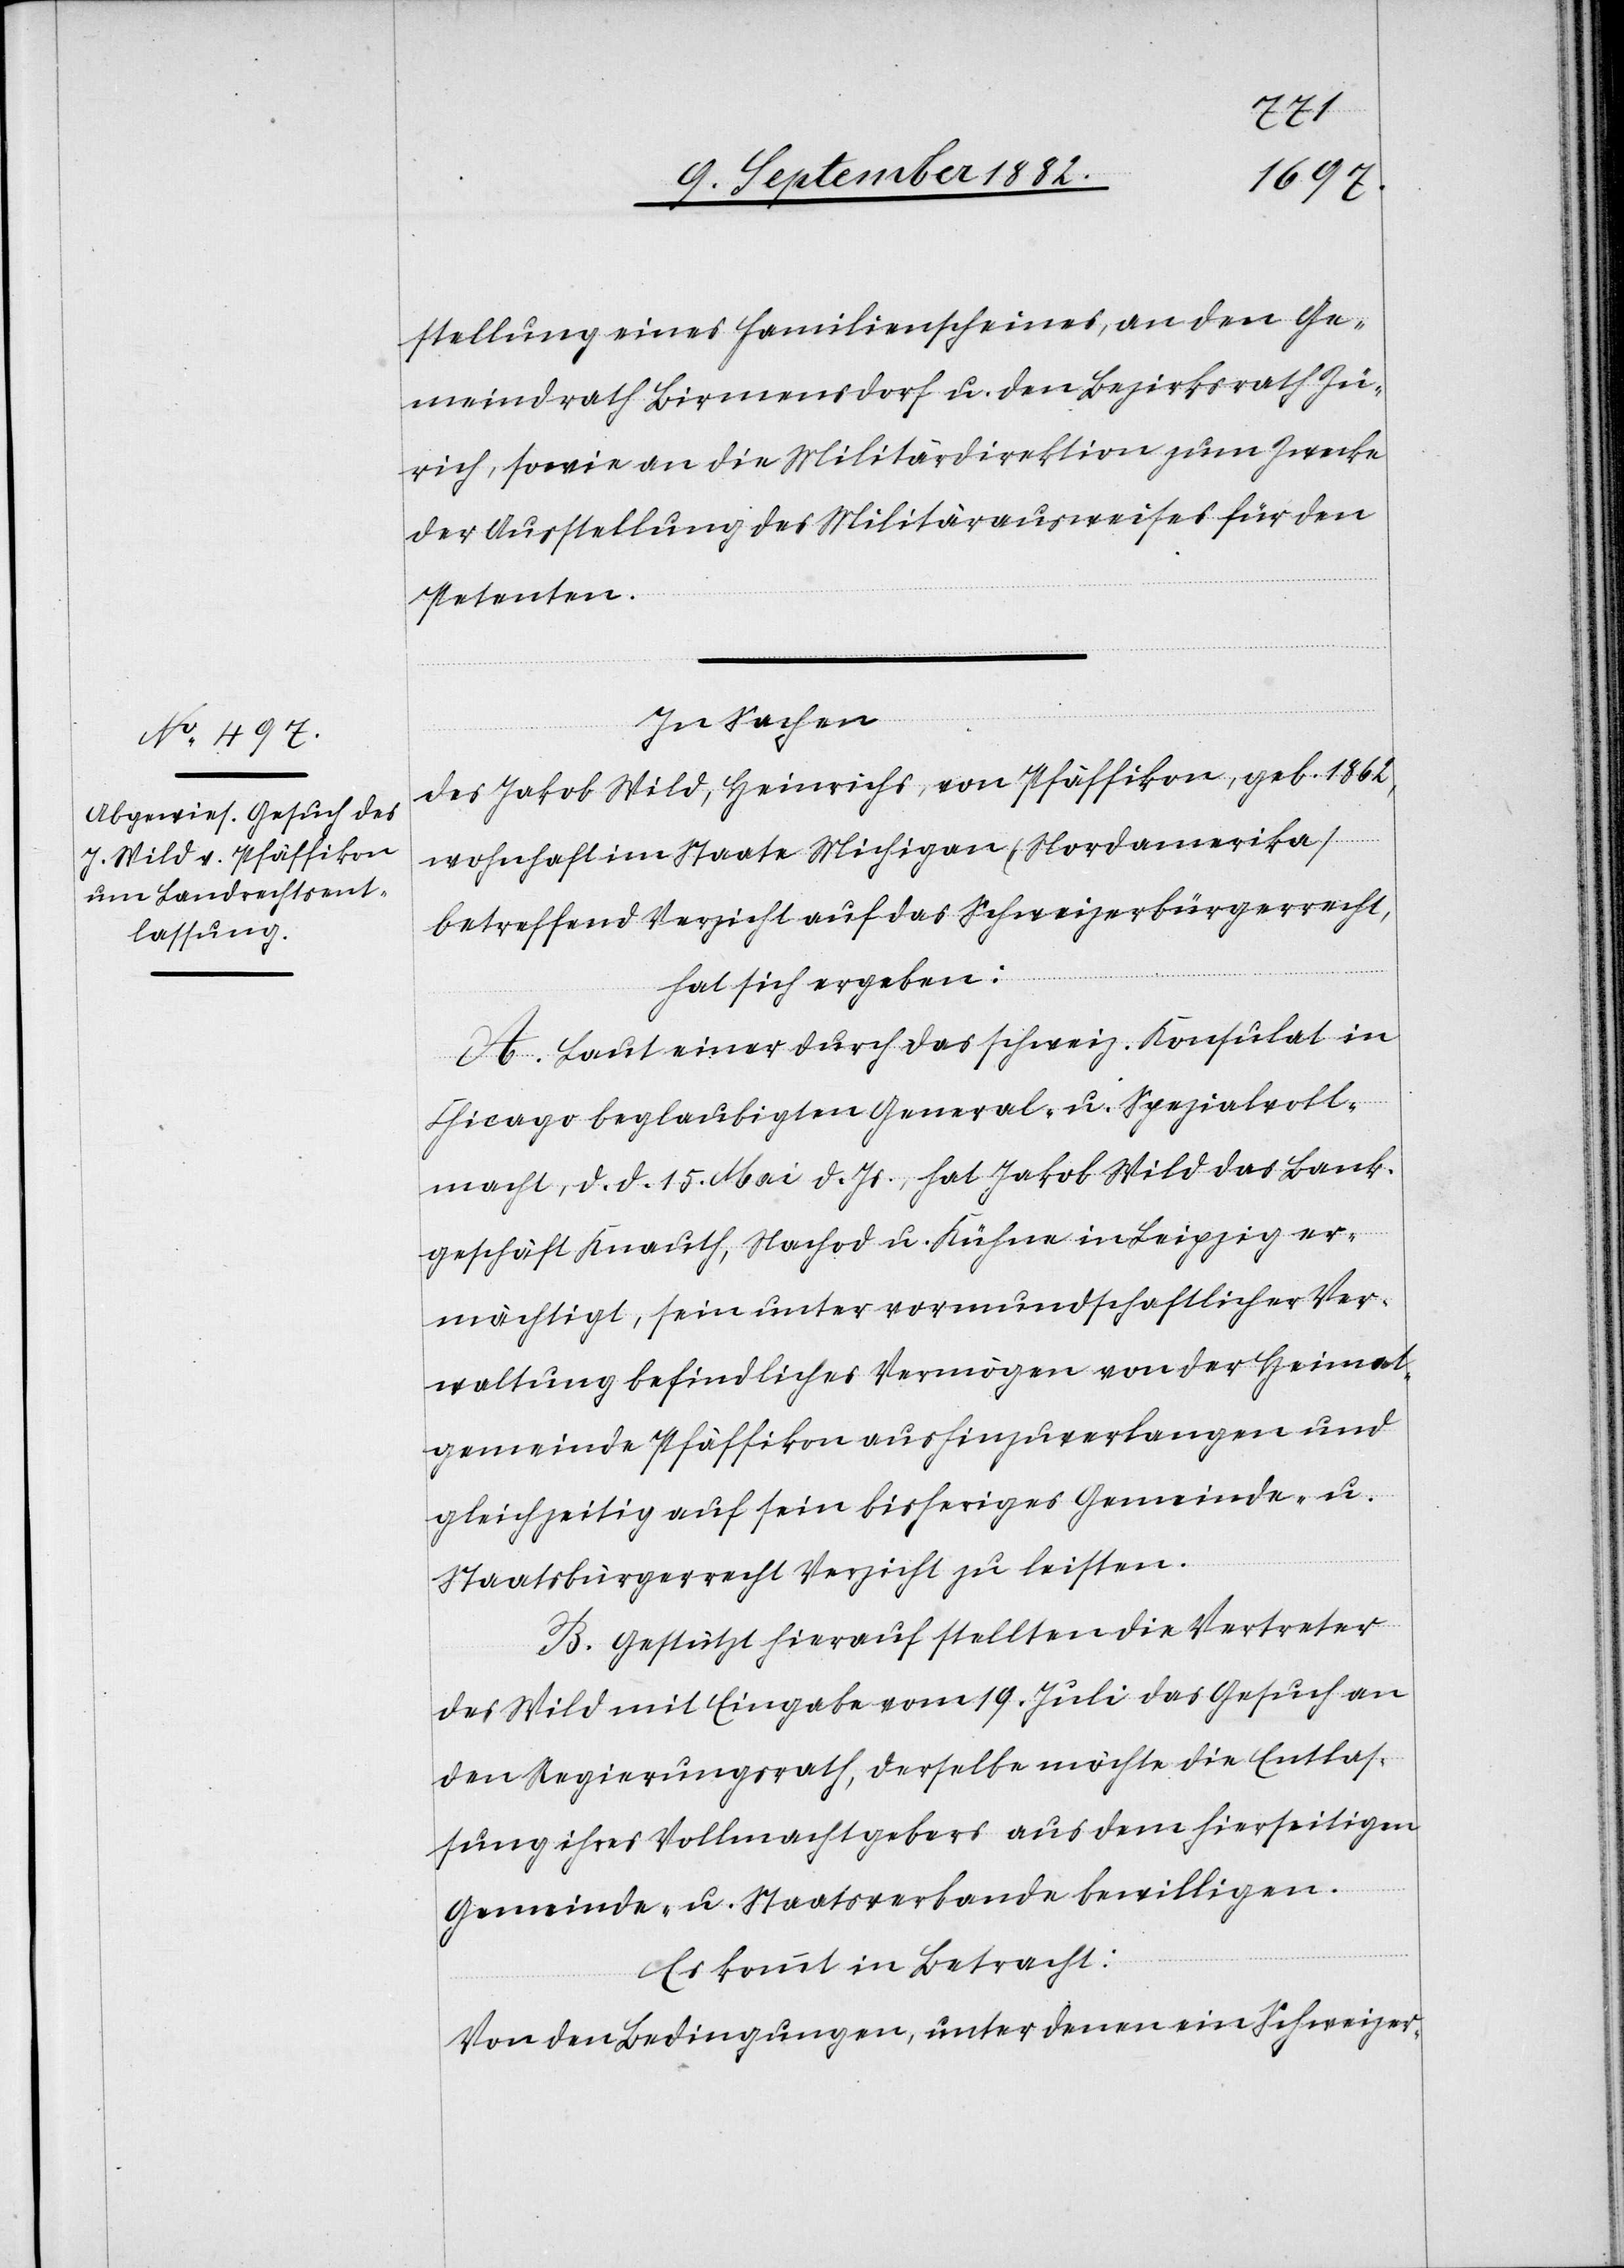
stellung eines Familienscheines, an den Ge¬
meindrath Birmensdorf u. den Bezirksrath Zü¬
rich, sowie an die Militärdirektion zum Zwecke
der Ausstellung des Militärausweises für den
Petenten.
In Sachen
des Jakob Wild, Heinrichs, von Pfäffikon, geb. 1862,
wohnhaft im Staate Michigan (Nordamerika)
betreffend Verzicht auf das Schweizerbürgerrecht,
hat sich ergeben:
A. Laut einer durch das schweiz. Konsulat in
Chicago beglaubigten General- u. Spezialvoll¬
macht, d. d. 15. Mai d. Js. hat Jakob Wild das Bank¬
geschäft Knauth, Nachod u. Kühne in Leipzig er¬
mächtigt, sein unter vormundschaftlicher Ver¬
waltung befindliches Vermögen von der Heimat¬
gemeinde Pfäffikon aushinzuverlangen und
gleichzeitig auf sein bisheriges Gemeinde- u.
Staatsbürgerrecht Verzicht zu leisten.
B. Gestützt hierauf stellten die Vertreter
des Wild mit Eingabe vom 19. Juli das Gesuch an
den Regierungsrath, derselbe möchte die Entlas¬
sung ihres Vollmachtgebers aus dem hierseitigen
Gemeinde- u. Staatsverbande bewilligen.
Es kommt in Betracht:
Von den Bedingungen, unter denen ein Schweizer-